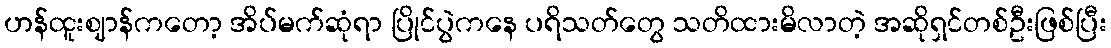
ဟန်ထူးဈာန်ကတော့ အိပ်မက်ဆုံရာ ပြိုင်ပွဲကနေ ပရိသတ်တွေ သတိထားမိလာတဲ့ အဆိုရှင်တစ်ဦးဖြစ်ပြီး